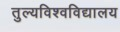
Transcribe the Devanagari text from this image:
तुल्यविश्वविद्यालय